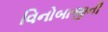
વિનોબાજીની